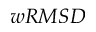
w R M S D